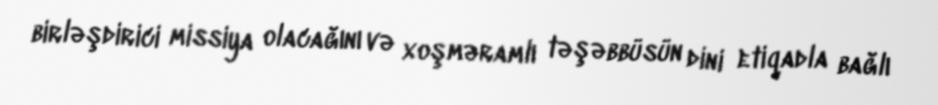
birləşdirici missiya olacağını və xoşməramlı təşəbbüsün dini etiqadla bağlı